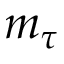
m _ { \tau }